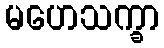
မဟေသက္ခာ